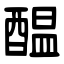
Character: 醖